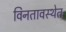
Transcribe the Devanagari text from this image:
विनतावस्थेत